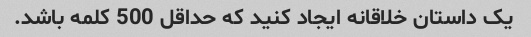
یک داستان خلاقانه ایجاد کنید که حداقل 500 کلمه باشد.